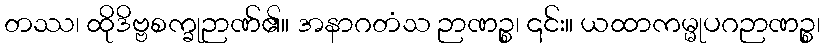
တဿ၊ ထိုဒိဗ္ဗစက္ခုဉာဏ်၏။ အနာဂတံသ ဉာဏဉ္စ၊ ၎င်း။ ယထာကမ္မုပဂဉာဏဉ္စ၊